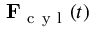
\mathbf { F } _ { \mathrm { ~ c ~ y ~ l ~ } } ( t )